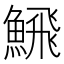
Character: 𩹉